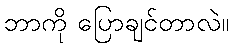
ဘာကို ပြောချင်တာလဲ။